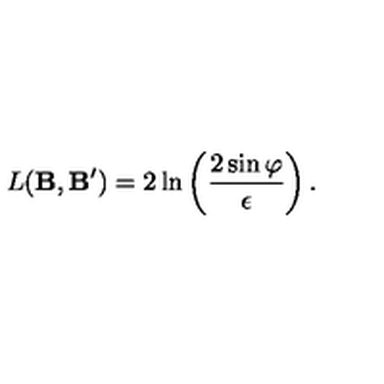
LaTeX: L ( { \bf B } , { \bf B ^ { \prime } } ) = 2 \ln \left( \frac { 2 \sin \varphi } { \epsilon } \right) .